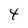
Character: 4